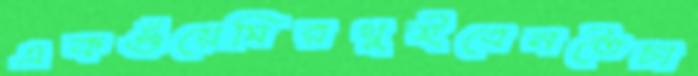
একগুঁয়েমিরথুইবেনতৈচা